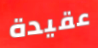
عقيدة